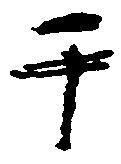
于